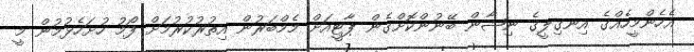
އެހެންމީހެއްގެ އިނގިލީގެ ނިޝާން ބޭނުންކޮށްގެން ޕާޓީއަށް މެމްބަރުން އިތުރުކުރުމަށް ފޯމު ހުށަހެޅުމުން މީ